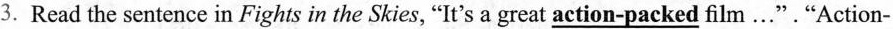
3.Read the sentence inFights in the Skies, "It's a great \underline{action-packed} film..."."Action-